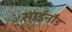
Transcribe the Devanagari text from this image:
साईनौड